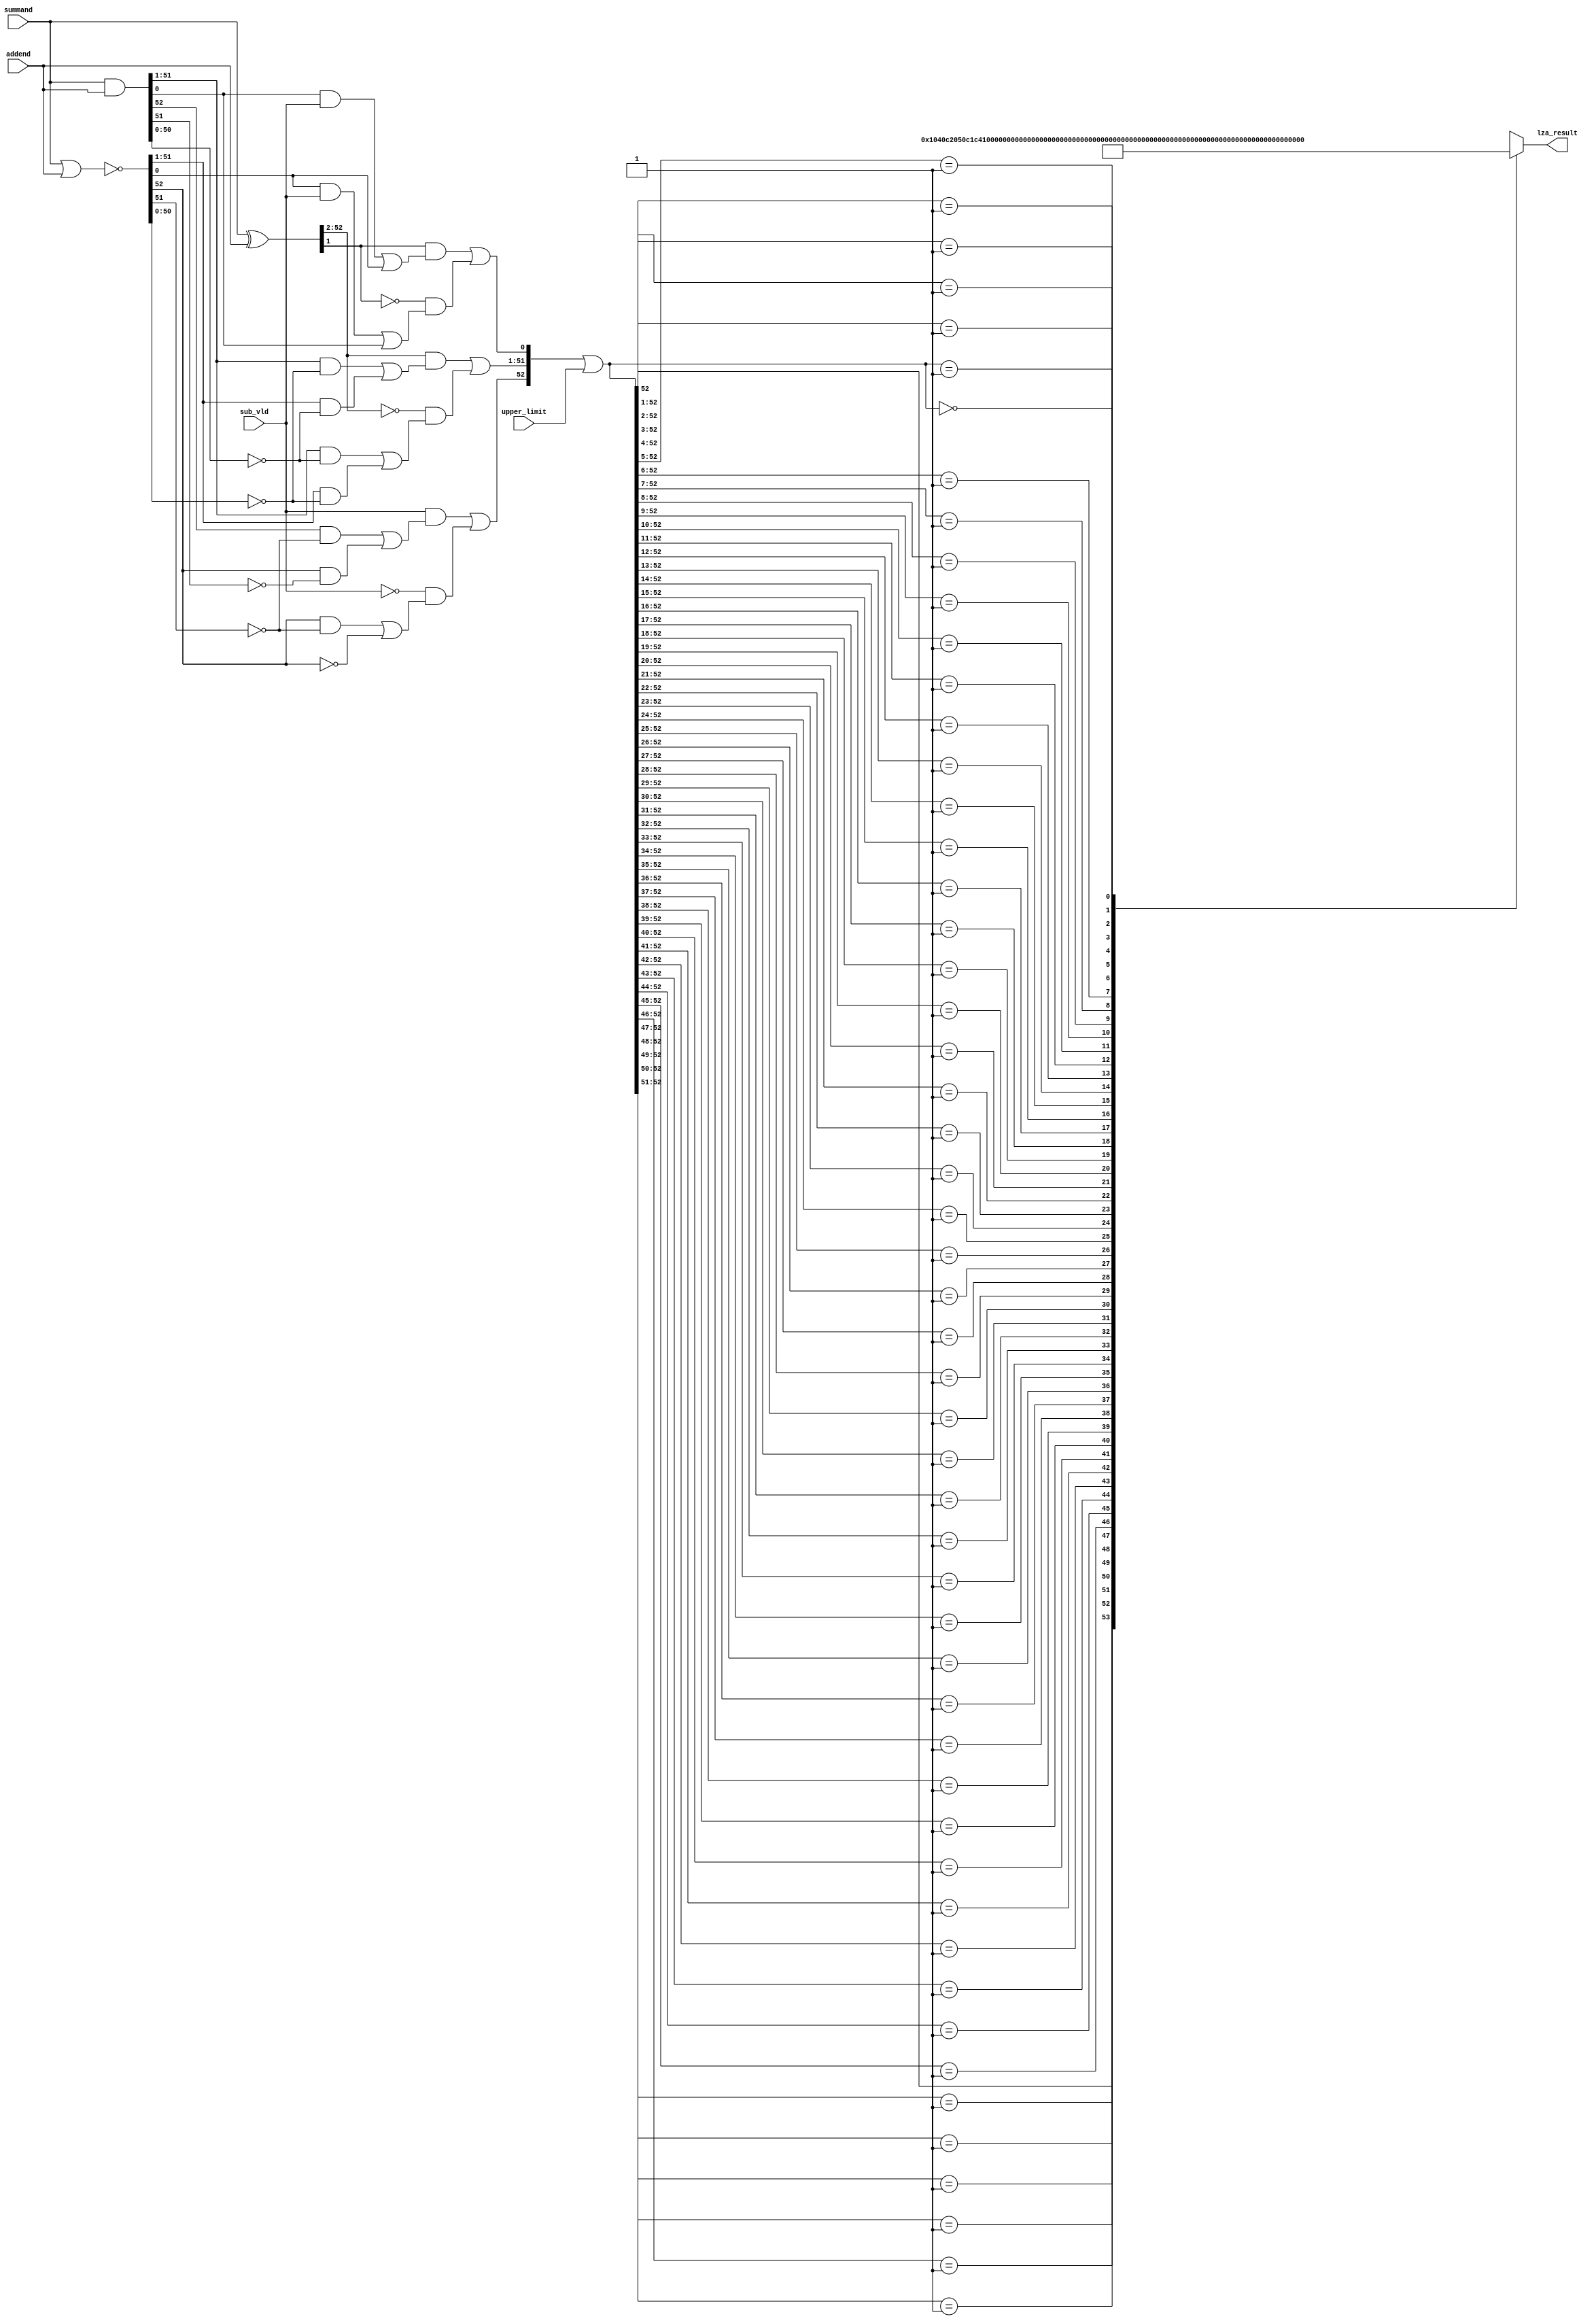
/*Copyright 2020-2021 T-Head Semiconductor Co., Ltd.

Licensed under the Apache License, Version 2.0 (the "License");
you may not use this file except in compliance with the License.
You may obtain a copy of the License at

    http://www.apache.org/licenses/LICENSE-2.0

Unless required by applicable law or agreed to in writing, software
distributed under the License is distributed on an "AS IS" BASIS,
WITHOUT WARRANTIES OR CONDITIONS OF ANY KIND, either express or implied.
See the License for the specific language governing permissions and
limitations under the License.
*/

// &ModuleBeg; @23
module pa_fmau_lza_single(
  addend,
  lza_result,
  sub_vld,
  summand,
  upper_limit
);

// &Ports; @24
input   [52:0]  addend;      
input           sub_vld;     
input   [52:0]  summand;     
input   [52:0]  upper_limit; 
output  [6 :0]  lza_result;  

// &Regs; @25
reg     [6 :0]  lza_result;  

// &Wires; @26
wire    [52:0]  addend;      
wire    [52:0]  carry_d;     
wire    [52:0]  carry_g;     
wire    [52:0]  carry_p;     
wire    [52:0]  data_for_ff1; 
wire    [52:0]  lza_precod;  
wire            sub_vld;     
wire    [52:0]  summand;     
wire    [52:0]  upper_limit; 


parameter DATA_WIDTH = 53;
//==========================================================
//                   Signal Pre-encode
//==========================================================
//----------------------------------------------------------
//                   Signal preparation
//----------------------------------------------------------
// carry_p: carry propagete
// carry_g: carry generate
// carry_d: carry delete
assign carry_p[DATA_WIDTH-1:0] =   summand[DATA_WIDTH-1:0] ^ addend[DATA_WIDTH-1:0];
assign carry_g[DATA_WIDTH-1:0] =   summand[DATA_WIDTH-1:0] & addend[DATA_WIDTH-1:0];
assign carry_d[DATA_WIDTH-1:0] = ~(summand[DATA_WIDTH-1:0] | addend[DATA_WIDTH-1:0]);
//----------------------------------------------------------
//                   Signal decode
//----------------------------------------------------------
//pre-predecode for leading zero anticipation
assign lza_precod[0] = 
     carry_p[1] && (carry_g[0] && sub_vld || carry_d[0])
 || !carry_p[1] && (carry_d[0] && sub_vld || carry_g[0]);

assign lza_precod[DATA_WIDTH-1] = 
     sub_vld && (carry_g[DATA_WIDTH-1] && !carry_d[DATA_WIDTH-2] 
 ||  carry_d[DATA_WIDTH-1] && !carry_g[DATA_WIDTH-2])
 || !sub_vld && (carry_d[DATA_WIDTH-1] && !carry_d[DATA_WIDTH-2] 
 || !carry_d[DATA_WIDTH-1]);

assign lza_precod[DATA_WIDTH-2:1] = 
    carry_p[DATA_WIDTH-1:2] & (carry_g[DATA_WIDTH-2:1] & ~carry_d[DATA_WIDTH-3:0] 
 |  carry_d[DATA_WIDTH-2:1] & ~carry_g[DATA_WIDTH-3:0])
 | ~carry_p[DATA_WIDTH-1:2] & (carry_g[DATA_WIDTH-2:1] & ~carry_g[DATA_WIDTH-3:0] 
 |  carry_d[DATA_WIDTH-2:1] & ~carry_d[DATA_WIDTH-3:0]);


//==========================================================
//                     LZA coding
//==========================================================
assign data_for_ff1[DATA_WIDTH-1:0] = lza_precod[DATA_WIDTH-1:0] | upper_limit[DATA_WIDTH-1:0];
// &CombBeg; @66
always @( data_for_ff1[52:0])
begin
casez(data_for_ff1[DATA_WIDTH-1:0])
   53'b1????????????????????????????????????????????????????:lza_result[6:0] = 7'd0;
   53'b01???????????????????????????????????????????????????:lza_result[6:0] = 7'd1;
   53'b001??????????????????????????????????????????????????:lza_result[6:0] = 7'd2;
   53'b0001?????????????????????????????????????????????????:lza_result[6:0] = 7'd3;
   53'b00001????????????????????????????????????????????????:lza_result[6:0] = 7'd4;
   53'b000001???????????????????????????????????????????????:lza_result[6:0] = 7'd5;
   53'b0000001??????????????????????????????????????????????:lza_result[6:0] = 7'd6;
   53'b00000001?????????????????????????????????????????????:lza_result[6:0] = 7'd7;
   53'b000000001????????????????????????????????????????????:lza_result[6:0] = 7'd8;
   53'b0000000001???????????????????????????????????????????:lza_result[6:0] = 7'd9;
   53'b00000000001??????????????????????????????????????????:lza_result[6:0] = 7'd10;
   53'b000000000001?????????????????????????????????????????:lza_result[6:0] = 7'd11;
   53'b0000000000001????????????????????????????????????????:lza_result[6:0] = 7'd12;
   53'b00000000000001???????????????????????????????????????:lza_result[6:0] = 7'd13;
   53'b000000000000001??????????????????????????????????????:lza_result[6:0] = 7'd14;
   53'b0000000000000001?????????????????????????????????????:lza_result[6:0] = 7'd15;
   53'b00000000000000001????????????????????????????????????:lza_result[6:0] = 7'd16;
   53'b000000000000000001???????????????????????????????????:lza_result[6:0] = 7'd17;
   53'b0000000000000000001??????????????????????????????????:lza_result[6:0] = 7'd18;
   53'b00000000000000000001?????????????????????????????????:lza_result[6:0] = 7'd19;
   53'b000000000000000000001????????????????????????????????:lza_result[6:0] = 7'd20;
   53'b0000000000000000000001???????????????????????????????:lza_result[6:0] = 7'd21;
   53'b00000000000000000000001??????????????????????????????:lza_result[6:0] = 7'd22;
   53'b000000000000000000000001?????????????????????????????:lza_result[6:0] = 7'd23;
   53'b0000000000000000000000001????????????????????????????:lza_result[6:0] = 7'd24;
   53'b00000000000000000000000001???????????????????????????:lza_result[6:0] = 7'd25;
   53'b000000000000000000000000001??????????????????????????:lza_result[6:0] = 7'd26;
   53'b0000000000000000000000000001?????????????????????????:lza_result[6:0] = 7'd27;
   53'b00000000000000000000000000001????????????????????????:lza_result[6:0] = 7'd28;
   53'b000000000000000000000000000001???????????????????????:lza_result[6:0] = 7'd29;
   53'b0000000000000000000000000000001??????????????????????:lza_result[6:0] = 7'd30;
   53'b00000000000000000000000000000001?????????????????????:lza_result[6:0] = 7'd31;
   53'b000000000000000000000000000000001????????????????????:lza_result[6:0] = 7'd32;
   53'b0000000000000000000000000000000001???????????????????:lza_result[6:0] = 7'd33;
   53'b00000000000000000000000000000000001??????????????????:lza_result[6:0] = 7'd34;
   53'b000000000000000000000000000000000001?????????????????:lza_result[6:0] = 7'd35;
   53'b0000000000000000000000000000000000001????????????????:lza_result[6:0] = 7'd36;
   53'b00000000000000000000000000000000000001???????????????:lza_result[6:0] = 7'd37;
   53'b000000000000000000000000000000000000001??????????????:lza_result[6:0] = 7'd38;
   53'b0000000000000000000000000000000000000001?????????????:lza_result[6:0] = 7'd39;
   53'b00000000000000000000000000000000000000001????????????:lza_result[6:0] = 7'd40;
   53'b000000000000000000000000000000000000000001???????????:lza_result[6:0] = 7'd41;
   53'b0000000000000000000000000000000000000000001??????????:lza_result[6:0] = 7'd42;
   53'b00000000000000000000000000000000000000000001?????????:lza_result[6:0] = 7'd43;
   53'b000000000000000000000000000000000000000000001????????:lza_result[6:0] = 7'd44;
   53'b0000000000000000000000000000000000000000000001???????:lza_result[6:0] = 7'd45;
   53'b00000000000000000000000000000000000000000000001??????:lza_result[6:0] = 7'd46;
   53'b000000000000000000000000000000000000000000000001?????:lza_result[6:0] = 7'd47;
   53'b0000000000000000000000000000000000000000000000001????:lza_result[6:0] = 7'd48;
   53'b00000000000000000000000000000000000000000000000001???:lza_result[6:0] = 7'd49;
   53'b000000000000000000000000000000000000000000000000001??:lza_result[6:0] = 7'd50;
   53'b0000000000000000000000000000000000000000000000000001?:lza_result[6:0] = 7'd51;
   53'b00000000000000000000000000000000000000000000000000001:lza_result[6:0] = 7'd52;
   53'b00000000000000000000000000000000000000000000000000000:lza_result[6:0] = 7'd53;
  default                                                   :lza_result[6:0] = 7'd0;
endcase
// &CombEnd; @124
end

// &ModuleEnd; @126
endmodule